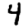
Digit: 4